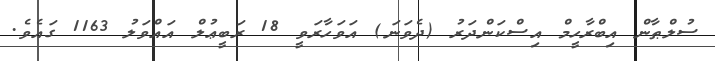
ސުލްޠާން އިބްރާހީމް އިސްކަންދަރު (ދެވަނަ) އަވަހާރަވީ 18 ރަބީޢުލް އައްވަލު 1163 ގައެވެ.